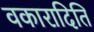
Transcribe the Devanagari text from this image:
वकारादिति